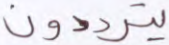
يترددون